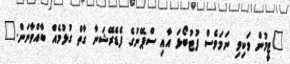
"ޓީމުން ވަކިވި ނަމަވެސް ފުޓުބޯޅަ އާއި ސްޕޭނުގެ ފެޑެރޭޝަނާ ގާތް ގުޅުމެއް ބާއްވާނަން."